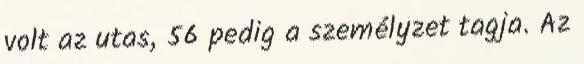
volt az utas, 56 pedig a személyzet tagja. Az